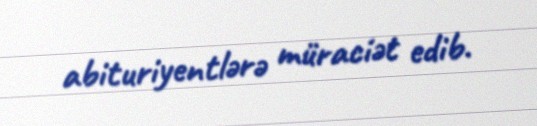
abituriyentlərə müraciət edib.